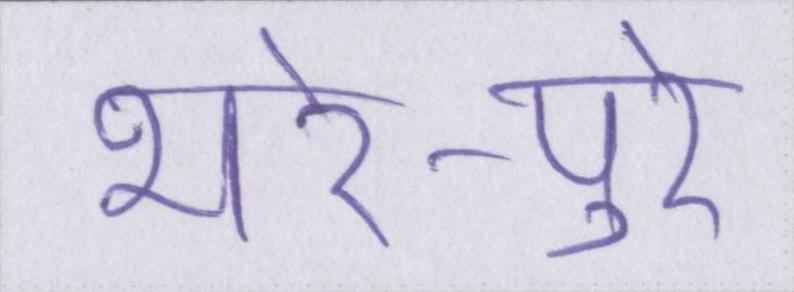
भरे-पुरे